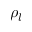
\rho _ { l }